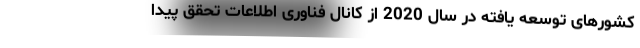
کشورهای توسعه یافته در سال 2020 از کانال فناوری اطلاعات تحقق پیدا